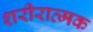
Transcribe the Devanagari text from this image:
शरीरात्मक